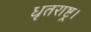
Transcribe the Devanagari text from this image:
धृतराष्ट्र।